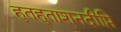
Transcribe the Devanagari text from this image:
हुतहुताशनदीप्ति